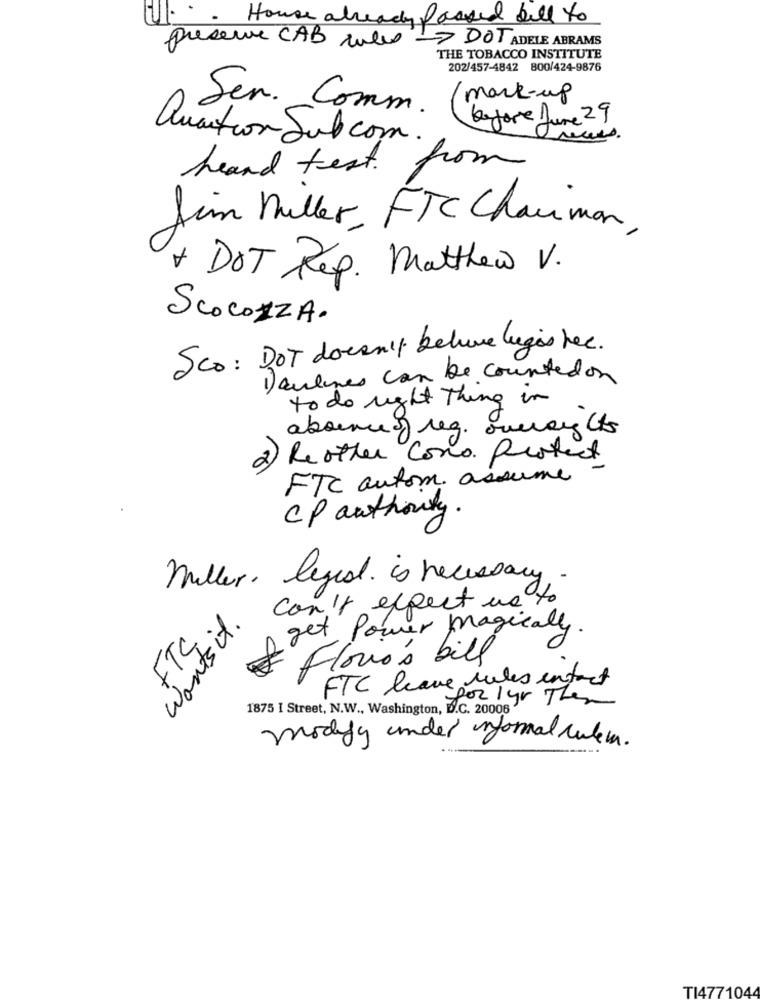
House already Passed bell to
preserve CAB wiele - DOT ADELE ABRAMS
THE TOBACCO INSTITUTE
202/457-4842 800/424-9876
mark-up
Ser. Comm.
before June 29
Quation Subcom.
Leand test. fr
from
Jim Muller, FTC Charman ,
+ DOT Rep. Matthew V.
ScoCOZZA.
Sco: DOT doesn't believe ligas fee.
) aulunes can be counted on
to do right Thing in
abonne o reg. ormay its
2) Reother Como. Protect
FTC autom. assume
CP authority.
miller, legisl is necessary
can't expect us to
Wants it.
get Power magically.
FTC
florios bill
FTC leave rules intact
for 1 yr Then
1875 I Street, N.W ., Washington, D.C. 20006'
modify under normal culem.
TI4771044